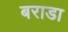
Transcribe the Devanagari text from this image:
बराडा